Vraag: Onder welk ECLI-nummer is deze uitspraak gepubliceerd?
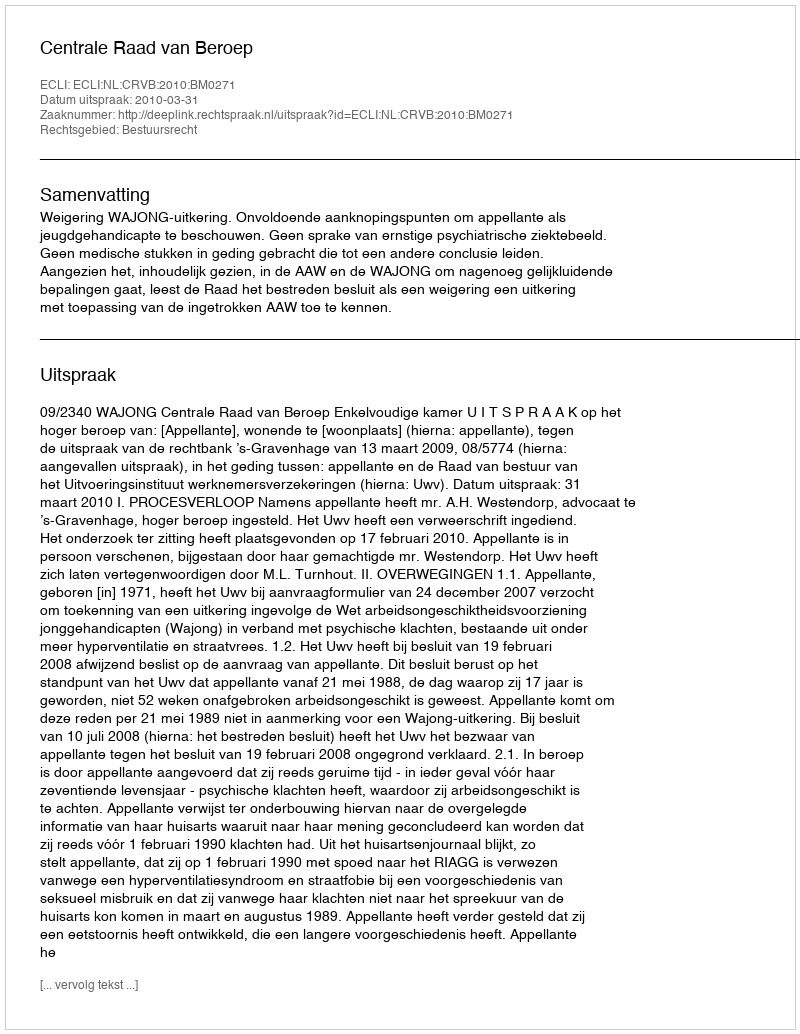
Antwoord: ECLI:NL:CRVB:2010:BM0271